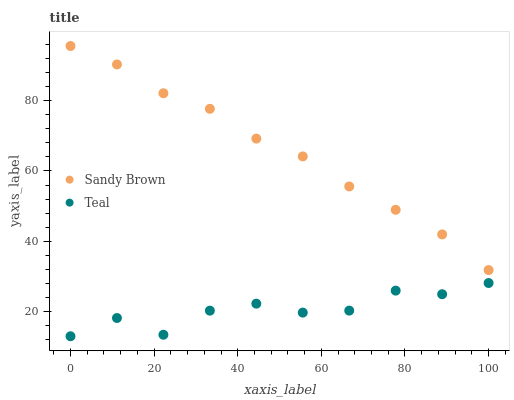
| xaxis_label | Sandy Brown | Teal |
 | --- | --- | --- |
 | 0 | 95.5 | 13 |
 | 11.1 | 90.3 | 18.2 |
 | 22.2 | 82.1 | 13.4 |
 | 33.3 | 77.7 | 20.3 |
 | 44.4 | 69.2 | 22.3 |
 | 55.6 | 64.1 | 19.7 |
 | 66.7 | 55.6 | 20.3 |
 | 77.8 | 49 | 26 |
 | 88.9 | 42 | 24.9 |
 | 100 | 31.8 | 28.1 |